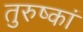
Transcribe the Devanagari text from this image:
तुरुष्कां